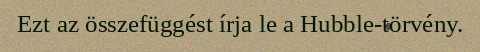
Ezt az összefüggést írja le a Hubble-törvény.